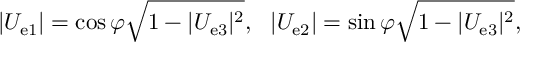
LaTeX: | U _ { \mathrm { e } 1 } | = \cos \varphi \sqrt { 1 - | U _ { \mathrm { e } 3 } | ^ { 2 } } , ~ ~ | U _ { \mathrm { e } 2 } | = \sin \varphi \sqrt { 1 - | U _ { \mathrm { e } 3 } | ^ { 2 } } ,